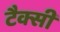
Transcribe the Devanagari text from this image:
टैक्सी